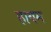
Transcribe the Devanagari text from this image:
हायम